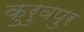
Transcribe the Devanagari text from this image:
कुरुवपुर